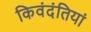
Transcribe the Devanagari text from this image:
किवंदंतियां